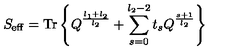
S _ { \mathrm { \scriptsize { e f f } } } = \mathrm { T r } \left\{ Q ^ { \frac { l _ { 1 } + l _ { 2 } } { l _ { 2 } } } + \sum _ { s = 0 } ^ { l _ { 2 } - 2 } t _ { s } Q ^ { \frac { s + 1 } { l _ { 2 } } } \right\}